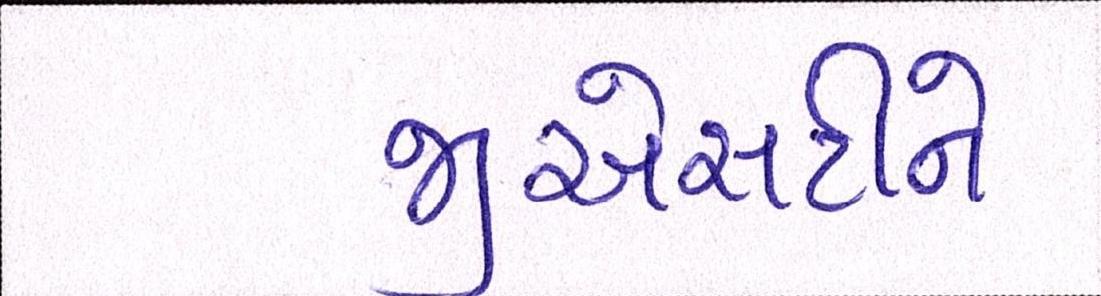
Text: જીએસટીને